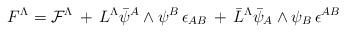
LaTeX: \begin{align*}F^{\Lambda} = {\cal F}^{\Lambda}\,+\,L^{\Lambda}\bar{\psi}^A \wedge\psi^B\,\epsilon_{AB}\,+\,\bar L^{\Lambda}\bar{\psi}_A \wedge \psi_B\,\epsilon^{AB}\end{align*}